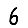
Digit: 6